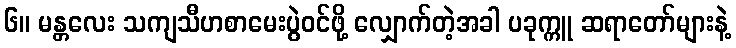
၆။ မန္တလေး သကျသီဟစာမေးပွဲဝင်ဖို့ လျှောက်တဲ့အခါ ပခုက္ကူ ဆရာတော်များနဲ့